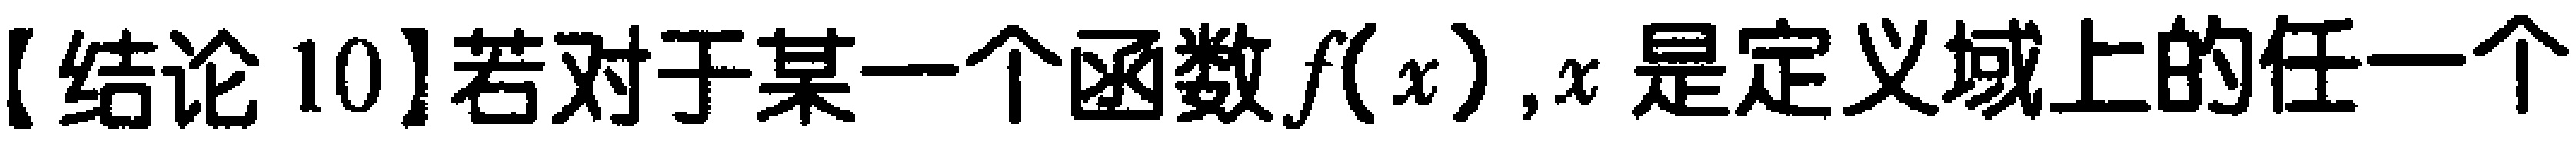
【结论 10】若对于某一个函数\(f(x)\)，\(x\)是定义域上的任一个